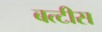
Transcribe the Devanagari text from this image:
बत्टीस